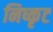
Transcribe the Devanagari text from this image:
निष्कृट